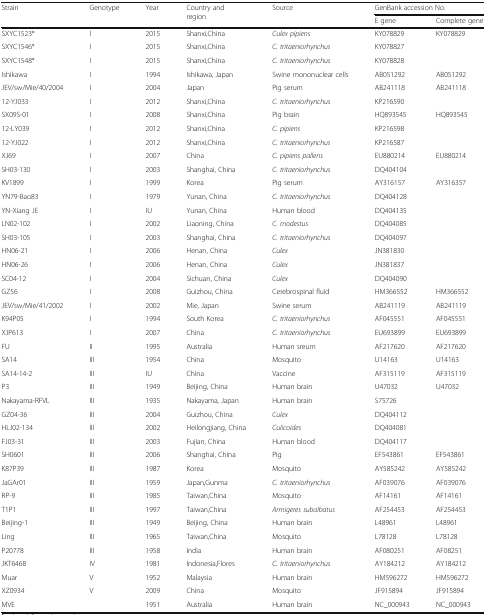
<table><thead><tr><td rowspan="2"><b>Strain</b></td><td rowspan="2"><b>Genotype</b></td><td rowspan="2"><b>Year</b></td><td rowspan="2"><b>Country and region</b></td><td rowspan="2"><b>Source</b></td><td colspan="2"><b>GenBank accession No.</b></td></tr><tr><td><b>E gene</b></td><td><b>Complete gene</b></td></tr></thead><tbody><tr><td>SXYC1523*</td><td>I</td><td>2015</td><td>Shanxi,China</td><td><i>Culex pipiens</i></td><td>KY078829</td><td>KY078829</td></tr><tr><td>SXYC1546*</td><td>I</td><td>2015</td><td>Shanxi,China</td><td><i>C. tritaeniorhynchus</i></td><td>KY078827</td><td>[EMPTY_CELL]</td></tr><tr><td>SXYC1548*</td><td>I</td><td>2015</td><td>Shanxi,China</td><td><i>C. tritaeniorhynchus</i></td><td>KY078828</td><td>[EMPTY_CELL]</td></tr><tr><td>Ishikawa</td><td>I</td><td>1994</td><td>Ishikawa, Japan</td><td>Swine mononuclear cells</td><td>AB051292</td><td>AB051292</td></tr><tr><td>JEV/sw/Mie/40/2004</td><td>I</td><td>2004</td><td>Japan</td><td>Pig serum</td><td>AB241118</td><td>AB241118</td></tr><tr><td>12-YJ033</td><td>I</td><td>2012</td><td>Shanxi,China</td><td><i>C. tritaeniorhynchus</i></td><td>KP216590</td><td>[EMPTY_CELL]</td></tr><tr><td>SX09S-01</td><td>I</td><td>2008</td><td>Shanxi,China</td><td>Pig brain</td><td>HQ893545</td><td>HQ893545</td></tr><tr><td>12-LY039</td><td>I</td><td>2012</td><td>Shanxi,China</td><td><i>C. pipiens</i></td><td>KP216598</td><td>[EMPTY_CELL]</td></tr><tr><td>12-YJ022</td><td>I</td><td>2012</td><td>Shanxi,China</td><td><i>C. tritaeniorhynchus</i></td><td>KP216587</td><td>[EMPTY_CELL]</td></tr><tr><td>XJ69</td><td>I</td><td>2007</td><td>China</td><td><i>C. pipiens pallens</i></td><td>EU880214</td><td>EU880214</td></tr><tr><td>SH03-130</td><td>I</td><td>2003</td><td>Shanghai, China</td><td><i>C. tritaeniorhynchus</i></td><td>DQ404104</td><td>[EMPTY_CELL]</td></tr><tr><td>KV1899</td><td>I</td><td>1999</td><td>Korea</td><td>Pig serum</td><td>AY316157</td><td>AY316357</td></tr><tr><td>YN79-Bao83</td><td>I</td><td>1979</td><td>Yunan, China</td><td><i>C. tritaeniorhynchus</i></td><td>DQ404128</td><td>[EMPTY_CELL]</td></tr><tr><td>YN-Xiang JE</td><td>I</td><td>IU</td><td>Yunan, China</td><td>Human blood</td><td>DQ404135</td><td>[EMPTY_CELL]</td></tr><tr><td>LN02-102</td><td>I</td><td>2002</td><td>Liaoning, China</td><td><i>C. modestus</i></td><td>DQ404085</td><td>[EMPTY_CELL]</td></tr><tr><td>SH03-105</td><td>I</td><td>2003</td><td>Shanghai, China</td><td><i>C. tritaeniorhynchus</i></td><td>DQ404097</td><td>[EMPTY_CELL]</td></tr><tr><td>HN06-21</td><td>I</td><td>2006</td><td>Henan, China</td><td><i>Culex</i></td><td>JN381830</td><td>[EMPTY_CELL]</td></tr><tr><td>HN06-26</td><td>I</td><td>2006</td><td>Henan, China</td><td><i>Culex</i></td><td>JN381837</td><td>[EMPTY_CELL]</td></tr><tr><td>SC04-12</td><td>I</td><td>2004</td><td>Sichuan, China</td><td><i>Culex</i></td><td>DQ404090</td><td>[EMPTY_CELL]</td></tr><tr><td>GZ56</td><td>I</td><td>2008</td><td>Guizhou, China</td><td>Cerebrospinal fluid</td><td>HM366552</td><td>HM366552</td></tr><tr><td>JEV/sw/Mie/41/2002</td><td>I</td><td>2002</td><td>Mie, Japan</td><td>Swine serum</td><td>AB241119</td><td>AB241119</td></tr><tr><td>K94P05</td><td>I</td><td>1994</td><td>South Korea</td><td><i>C. tritaeniorhynchus</i></td><td>AF045551</td><td>AF045551</td></tr><tr><td>XJP613</td><td>I</td><td>2007</td><td>China</td><td><i>C. tritaeniorhynchus</i></td><td>EU693899</td><td>EU693899</td></tr><tr><td>FU</td><td>II</td><td>1995</td><td>Australia</td><td>Human sreum</td><td>AF217620</td><td>AF217620</td></tr><tr><td>SA14</td><td>III</td><td>1954</td><td>China</td><td>Mosquito</td><td>U14163</td><td>U14163</td></tr><tr><td>SA14-14-2</td><td>III</td><td>IU</td><td>China</td><td>Vaccine</td><td>AF315119</td><td>AF315119</td></tr><tr><td>P3</td><td>III</td><td>1949</td><td>Beijing, China</td><td>Human brain</td><td>U47032</td><td>U47032</td></tr><tr><td>Nakayama-RFVL</td><td>III</td><td>1935</td><td>Nakayama, Japan</td><td>Human brain</td><td>S75726</td><td>[EMPTY_CELL]</td></tr><tr><td>GZ04-36</td><td>III</td><td>2004</td><td>Guizhou, China</td><td><i>Culex</i></td><td>DQ404112</td><td>[EMPTY_CELL]</td></tr><tr><td>HLJ02-134</td><td>III</td><td>2002</td><td>Heilongjiang, China</td><td><i>Culicoides</i></td><td>DQ404081</td><td>[EMPTY_CELL]</td></tr><tr><td>FJ03-31</td><td>III</td><td>2003</td><td>Fujian, China</td><td>Human blood</td><td>DQ404117</td><td>[EMPTY_CELL]</td></tr><tr><td>SH0601</td><td>III</td><td>2006</td><td>Shanghai, China</td><td>Pig</td><td>EF543861</td><td>EF543861</td></tr><tr><td>K87P39</td><td>III</td><td>1987</td><td>Korea</td><td>Mosquito</td><td>AY585242</td><td>AY585242</td></tr><tr><td>JaGAr01</td><td>III</td><td>1959</td><td>Japan,Gunma</td><td><i>C. tritaeniorhynchus</i></td><td>AF039076</td><td>AF039076</td></tr><tr><td>RP-9</td><td>III</td><td>1985</td><td>Taiwan,China</td><td>Mosquito</td><td>AF14161</td><td>AF14161</td></tr><tr><td>T1P1</td><td>III</td><td>1997</td><td>Taiwan,China</td><td><i>Armigeres subalbatus</i></td><td>AF254453</td><td>AF254453</td></tr><tr><td>Beijing-1</td><td>III</td><td>1949</td><td>Beijing, China</td><td>Human brain</td><td>L48961</td><td>L48961</td></tr><tr><td>Ling</td><td>III</td><td>1965</td><td>Taiwan,China</td><td>Mosquito</td><td>L78128</td><td>L78128</td></tr><tr><td>P20778</td><td>III</td><td>1958</td><td>India</td><td>Human brain</td><td>AF080251</td><td>AF08251</td></tr><tr><td>JKT6468</td><td>IV</td><td>1981</td><td>Indonesia,Flores</td><td><i>C. tritaeniorhynchus</i></td><td>AY184212</td><td>AY184212</td></tr><tr><td>Muar</td><td>V</td><td>1952</td><td>Malaysia</td><td>Human brain</td><td>HM596272</td><td>HM596272</td></tr><tr><td>XZ0934</td><td>V</td><td>2009</td><td>China</td><td>Mosquito</td><td>JF915894</td><td>JF915894</td></tr><tr><td>MVE</td><td>[EMPTY_CELL]</td><td>1951</td><td>Australia</td><td>Human brain</td><td>NC_000943</td><td>NC_000943</td></tr></tbody></table>